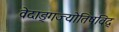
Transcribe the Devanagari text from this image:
वेदाङ्गज्याेतिषविद्